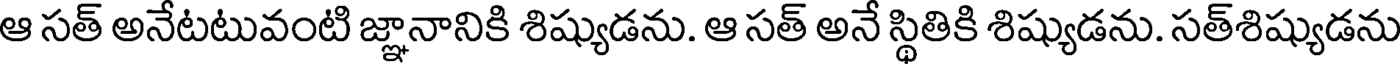
ఆ సత్ అనేటటువంటి జ్ఞానానికి శిష్యుడను. ఆ సత్ అనే స్థితికి శిష్యుడను. సత్శిష్యుడను